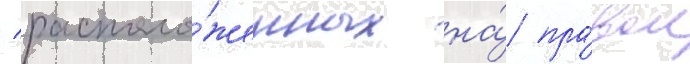
/ располо́женных на́ пра́вом